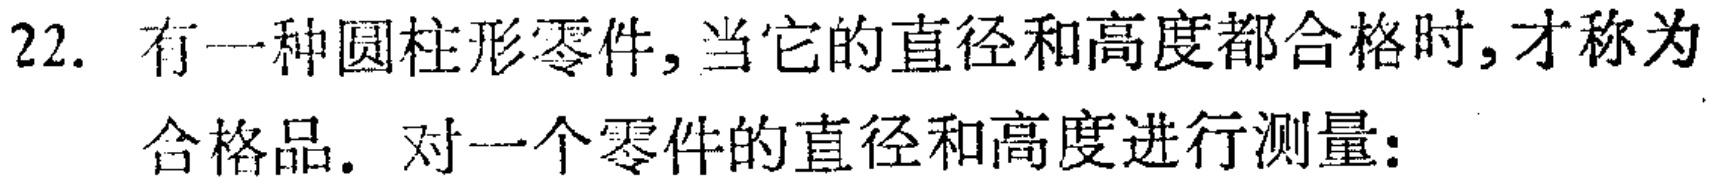
22. 有一种圆柱形零件,当它的直径和高度都合格时,才称为
合格品. 对一个零件的直径和高度进行测量: